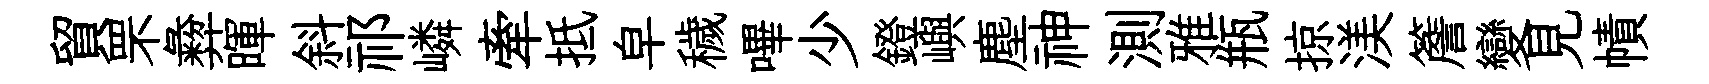
貿罘彜暉斜祁嶙牽抵皁穢嗶少鐙嶼塵神測雅瓶掠渼簷變見幘